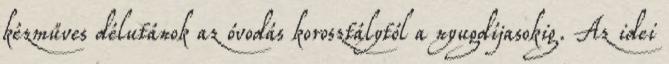
kézműves délutánok az óvodás korosztálytól a nyugdíjasokig. Az idei